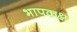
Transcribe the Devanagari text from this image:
भापकक्ष